Leaving Certificate Examination (including Day School Certificate (Higher) General paper), 1927
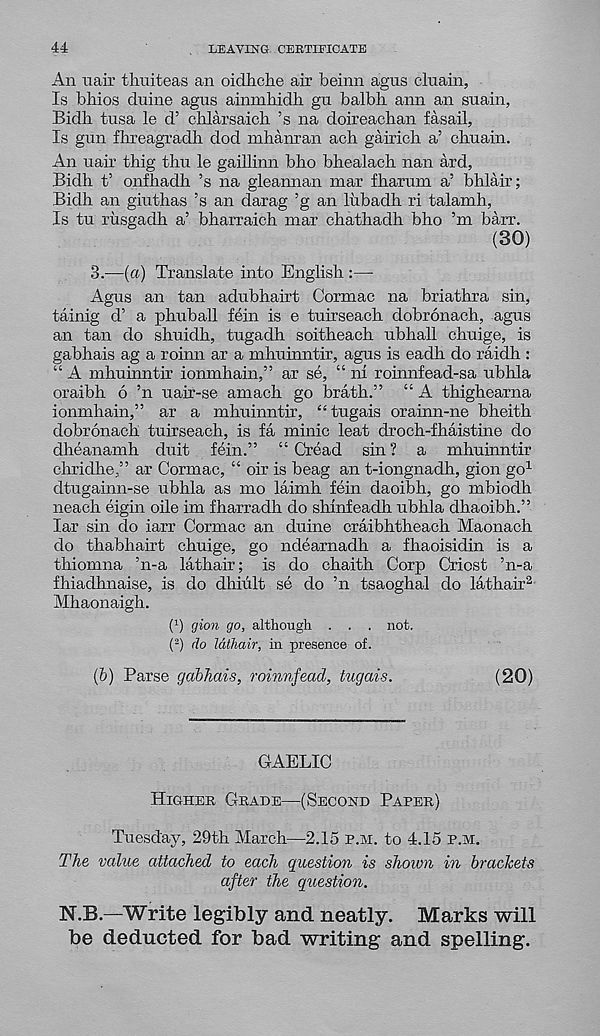
44
LEAVING CERTIFICATE
An nair tlraiteas an oidhche air beinn agus cluain,
Is bbios duine agus ainmkidh gu balbb aim an suain,
Bidh tusa le d’ chlarsaich ’s na doireachan fasail,
Is gun fhreagradb dod mhanran ach gairich a’ chuain.
An uair thig thu le gaillinn bho bhealach nan ard,
Bidh t’ onfhadh ’s na gleannan mar fharum a’ bhlair;
Bidh an giuthas ’s an darag ’g an liibadh ri talamh,
Is tu rusgadh a’ bharraich mar chathadh bho ’m barr.
(30)
3.—{a) Translate into English :—
Agus an tan adubhairt Cormac na briathra sin,
tainig d’ a phuball fein is e tuirseach dobronach, agus
an tan do shuidh, tugadh soitheach ubhall chuige, is
gabhais ag a roinn ar a mhuinntir, agus is eadh do raidh :
“ A mhuinntir ionmhain,” ar se, “ ni roinnfead-sa ubhla
oraibh 6 ’n uair-se amach go brath.” “ A thighearna
ionmhain,” ar a mhuinntir, “tugais orainn-ne bheith
dobronach tuirseach, is fa minic leat droch-fhaistine do
dheanamh duit fein.” “ Cread sin? a mhuinntir
chridhe,” ar Cormac, “ oir is beag an t-iongnadh, gion go 1
dtugainn-se ubhla as mo laimh fein daoibh, go mbiodh
neach eigin oile im fharradh do shinfeadh ubhla dhaoibh.”
lar sin do iarr Cormac an duine craibhtheach Maonach
do thabhairt chuige, go ndearnadh a fhaoisidin is a
thiomna ’n-a lathair; is do chaith Corp Criost ’n-a
fhiadhnaise, is do dhiult se do ’n tsaoghal do lathair 2
Mhaonaigh.
I 1 ) gion go, although . . . not.
( 2 ) do Idthair, in presence of.
(b) Parse gabhais, roinnfead, tugais.
(20)
GAELIC
Higher Grade—(Second Paper)
Tuesday, 29th March—2.15 p.m. to 4.15 p.m.
The value attached to each question is shown in brackets
after the question.
N.B.—Write legibly and neatly.
Marks will
be deducted for bad writing and spelling.